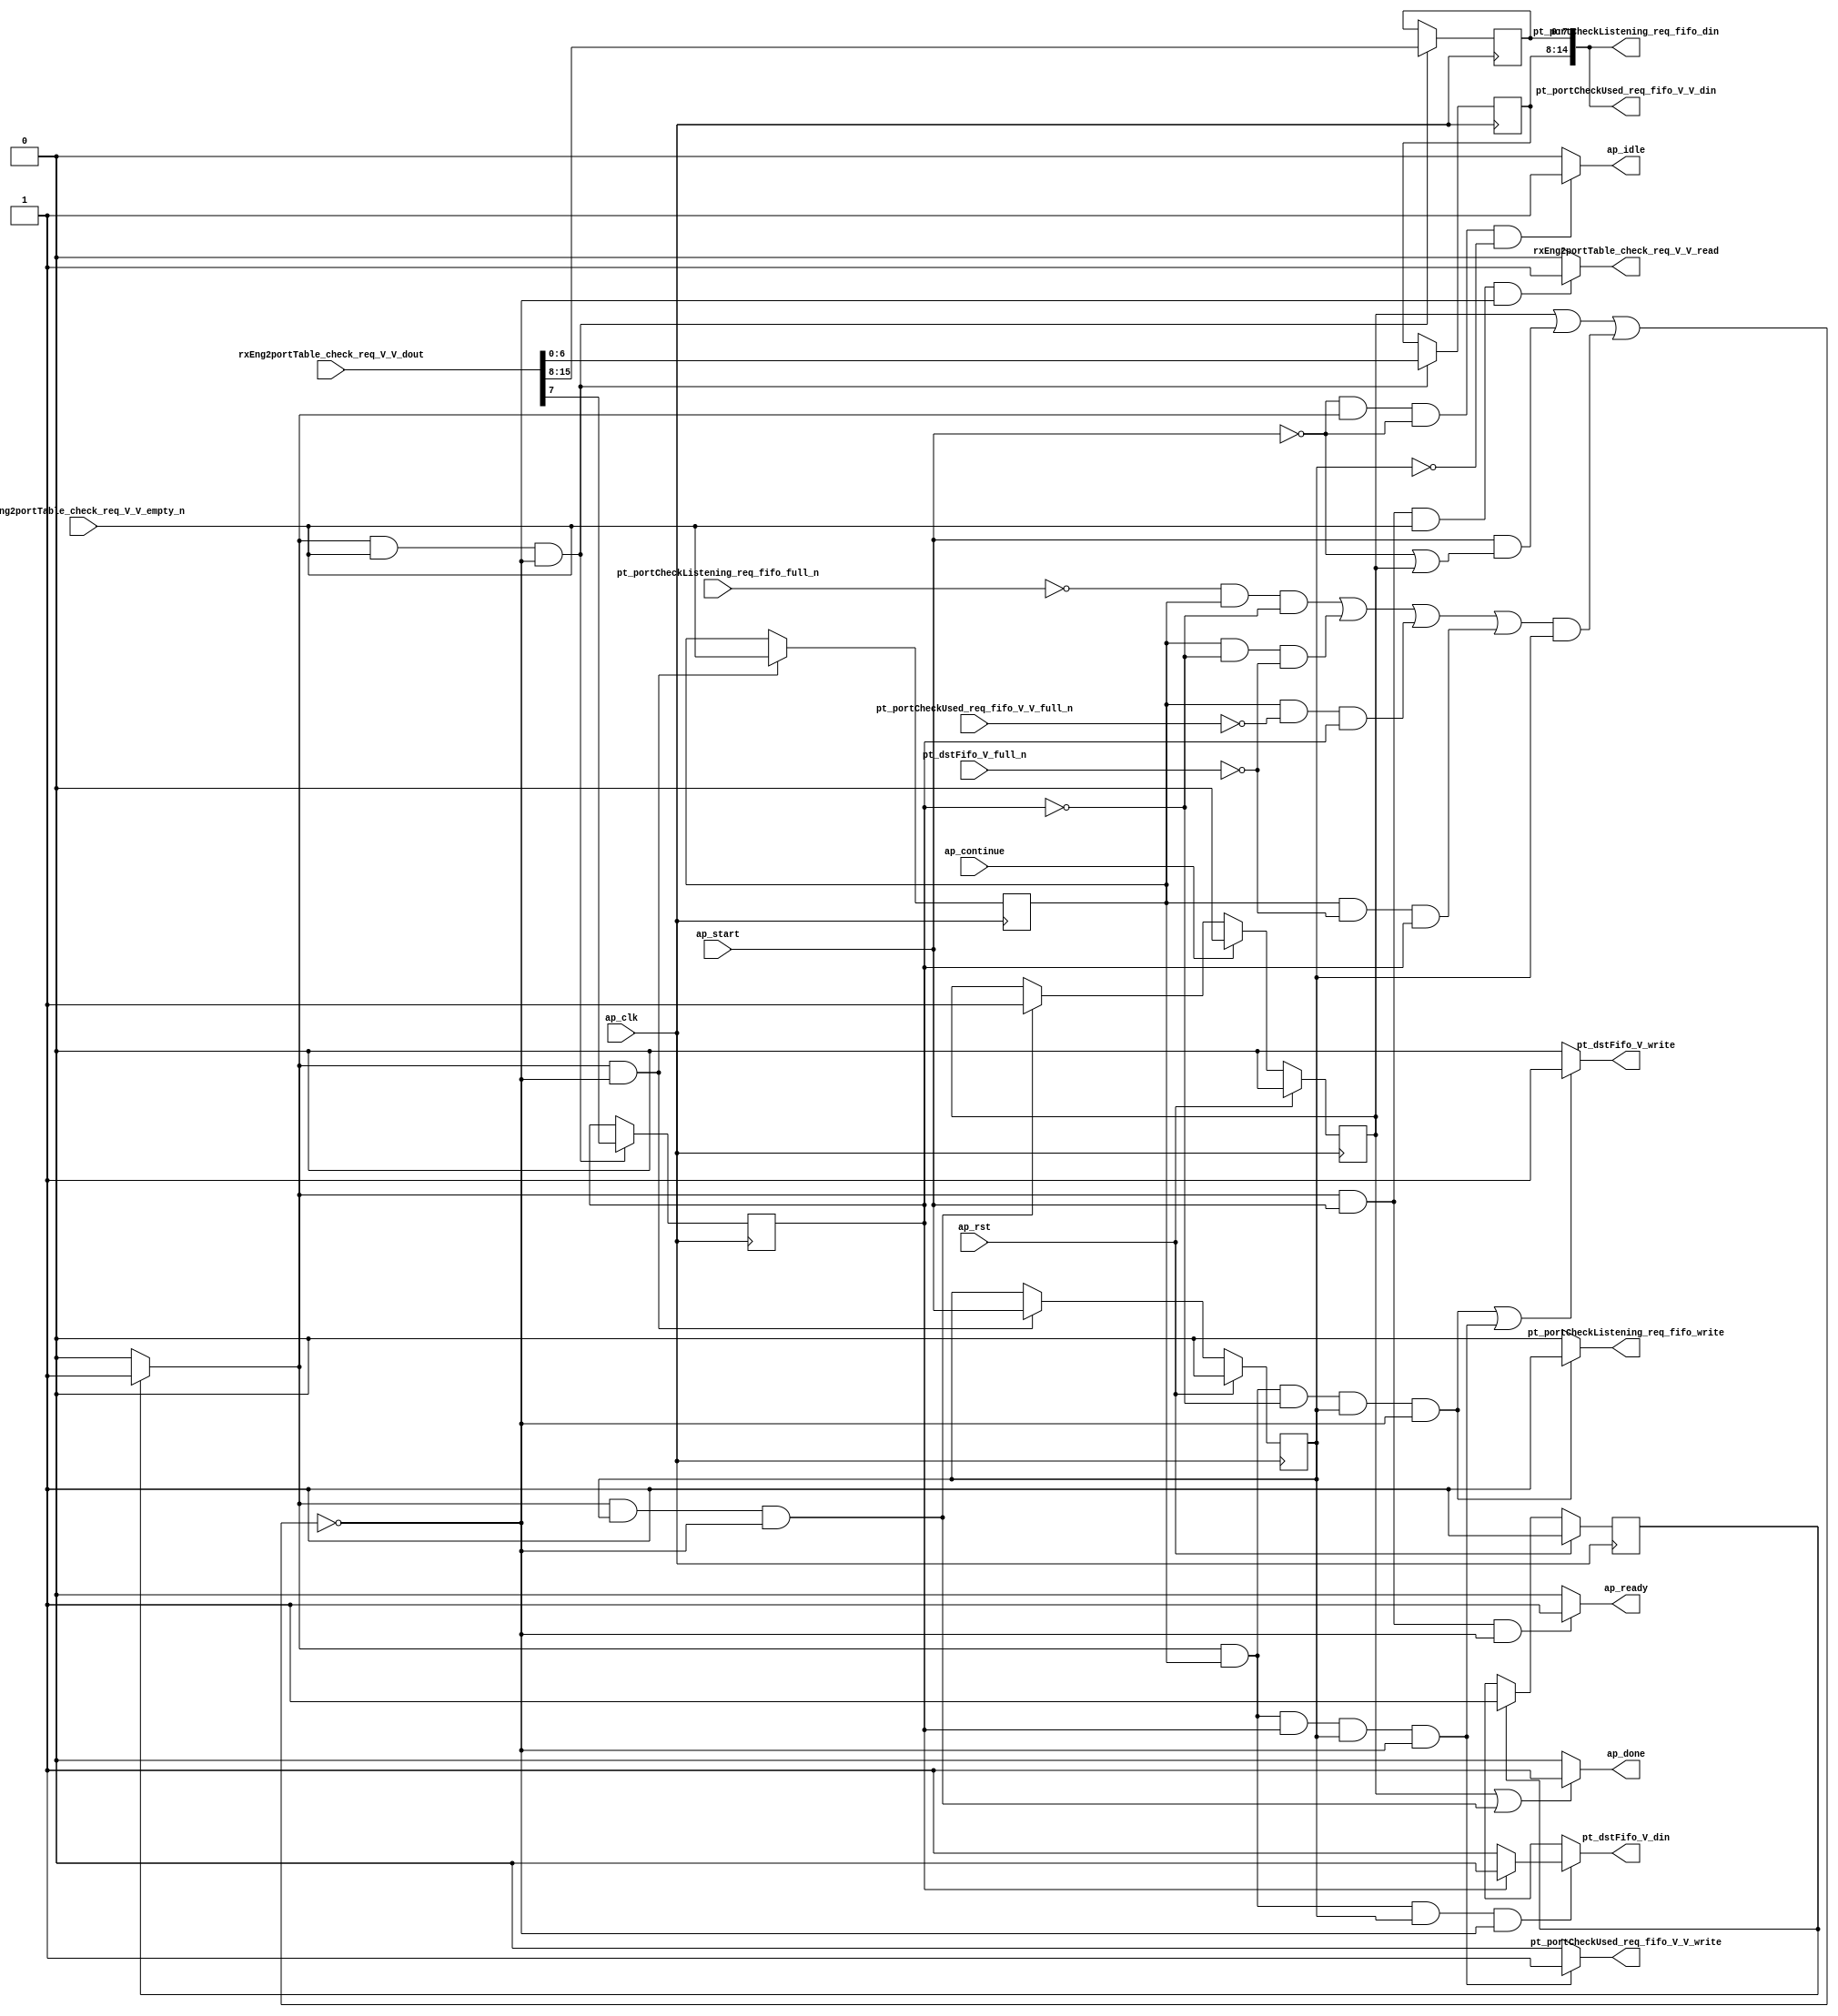
// ==============================================================
// RTL generated by Vivado(TM) HLS - High-Level Synthesis from C, C++ and SystemC
// Version: 2015.1
// Copyright (C) 2015 Xilinx Inc. All rights reserved.
// 
// ===========================================================

`timescale 1 ns / 1 ps 

module toe_checkMuxInput (
        ap_clk,
        ap_rst,
        ap_start,
        ap_done,
        ap_continue,
        ap_idle,
        ap_ready,
        rxEng2portTable_check_req_V_V_dout,
        rxEng2portTable_check_req_V_V_empty_n,
        rxEng2portTable_check_req_V_V_read,
        pt_portCheckListening_req_fifo_din,
        pt_portCheckListening_req_fifo_full_n,
        pt_portCheckListening_req_fifo_write,
        pt_dstFifo_V_din,
        pt_dstFifo_V_full_n,
        pt_dstFifo_V_write,
        pt_portCheckUsed_req_fifo_V_V_din,
        pt_portCheckUsed_req_fifo_V_V_full_n,
        pt_portCheckUsed_req_fifo_V_V_write
);

parameter    ap_const_logic_1 = 1'b1;
parameter    ap_const_logic_0 = 1'b0;
parameter    ap_ST_pp0_stg0_fsm_0 = 1'b1;
parameter    ap_const_lv32_0 = 32'b00000000000000000000000000000000;
parameter    ap_const_lv1_1 = 1'b1;
parameter    ap_const_lv1_0 = 1'b0;
parameter    ap_const_lv32_8 = 32'b1000;
parameter    ap_const_lv32_F = 32'b1111;
parameter    ap_const_lv32_7 = 32'b111;
parameter    ap_true = 1'b1;

input   ap_clk;
input   ap_rst;
input   ap_start;
output   ap_done;
input   ap_continue;
output   ap_idle;
output   ap_ready;
input  [15:0] rxEng2portTable_check_req_V_V_dout;
input   rxEng2portTable_check_req_V_V_empty_n;
output   rxEng2portTable_check_req_V_V_read;
output  [14:0] pt_portCheckListening_req_fifo_din;
input   pt_portCheckListening_req_fifo_full_n;
output   pt_portCheckListening_req_fifo_write;
output  [0:0] pt_dstFifo_V_din;
input   pt_dstFifo_V_full_n;
output   pt_dstFifo_V_write;
output  [14:0] pt_portCheckUsed_req_fifo_V_V_din;
input   pt_portCheckUsed_req_fifo_V_V_full_n;
output   pt_portCheckUsed_req_fifo_V_V_write;

reg ap_done;
reg ap_idle;
reg ap_ready;
reg rxEng2portTable_check_req_V_V_read;
reg pt_portCheckListening_req_fifo_write;
reg[0:0] pt_dstFifo_V_din;
reg pt_dstFifo_V_write;
reg pt_portCheckUsed_req_fifo_V_V_write;
reg    ap_done_reg = 1'b0;
(* fsm_encoding = "none" *) reg   [0:0] ap_CS_fsm = 1'b1;
reg    ap_sig_cseq_ST_pp0_stg0_fsm_0;
reg    ap_sig_bdd_20;
wire    ap_reg_ppiten_pp0_it0;
reg    ap_reg_ppiten_pp0_it1 = 1'b0;
wire   [0:0] tmp_nbreadreq_fu_58_p3;
reg    ap_sig_bdd_49;
reg   [0:0] tmp_reg_126;
reg   [0:0] tmp_497_reg_135;
reg    ap_sig_bdd_81;
reg   [7:0] p_Result_i_reg_130;
wire   [6:0] tmp_498_fu_114_p1;
reg   [6:0] tmp_498_reg_139;
wire   [14:0] tmp_V_fu_118_p3;
reg   [0:0] ap_NS_fsm;
reg    ap_sig_pprstidle_pp0;
reg    ap_sig_bdd_144;




/// the current state (ap_CS_fsm) of the state machine. ///
always @ (posedge ap_clk)
begin : ap_ret_ap_CS_fsm
    if (ap_rst == 1'b1) begin
        ap_CS_fsm <= ap_ST_pp0_stg0_fsm_0;
    end else begin
        ap_CS_fsm <= ap_NS_fsm;
    end
end

/// ap_done_reg assign process. ///
always @ (posedge ap_clk)
begin : ap_ret_ap_done_reg
    if (ap_rst == 1'b1) begin
        ap_done_reg <= ap_const_logic_0;
    end else begin
        if ((ap_const_logic_1 == ap_continue)) begin
            ap_done_reg <= ap_const_logic_0;
        end else if (((ap_const_logic_1 == ap_sig_cseq_ST_pp0_stg0_fsm_0) & (ap_const_logic_1 == ap_reg_ppiten_pp0_it1) & ~((ap_done_reg == ap_const_logic_1) | ((ap_const_logic_1 == ap_reg_ppiten_pp0_it0) & ap_sig_bdd_49) | (ap_sig_bdd_81 & (ap_const_logic_1 == ap_reg_ppiten_pp0_it1))))) begin
            ap_done_reg <= ap_const_logic_1;
        end
    end
end

/// ap_reg_ppiten_pp0_it1 assign process. ///
always @ (posedge ap_clk)
begin : ap_ret_ap_reg_ppiten_pp0_it1
    if (ap_rst == 1'b1) begin
        ap_reg_ppiten_pp0_it1 <= ap_const_logic_0;
    end else begin
        if (((ap_const_logic_1 == ap_sig_cseq_ST_pp0_stg0_fsm_0) & ~((ap_done_reg == ap_const_logic_1) | ((ap_const_logic_1 == ap_reg_ppiten_pp0_it0) & ap_sig_bdd_49) | (ap_sig_bdd_81 & (ap_const_logic_1 == ap_reg_ppiten_pp0_it1))))) begin
            ap_reg_ppiten_pp0_it1 <= ap_reg_ppiten_pp0_it0;
        end
    end
end

/// assign process. ///
always @(posedge ap_clk)
begin
    if (((ap_const_logic_1 == ap_sig_cseq_ST_pp0_stg0_fsm_0) & ~(tmp_nbreadreq_fu_58_p3 == ap_const_lv1_0) & ~((ap_done_reg == ap_const_logic_1) | ((ap_const_logic_1 == ap_reg_ppiten_pp0_it0) & ap_sig_bdd_49) | (ap_sig_bdd_81 & (ap_const_logic_1 == ap_reg_ppiten_pp0_it1))))) begin
        p_Result_i_reg_130 <= {{rxEng2portTable_check_req_V_V_dout[ap_const_lv32_F : ap_const_lv32_8]}};
        tmp_497_reg_135 <= rxEng2portTable_check_req_V_V_dout[ap_const_lv32_7];
        tmp_498_reg_139 <= tmp_498_fu_114_p1;
    end
end

/// assign process. ///
always @(posedge ap_clk)
begin
    if (((ap_const_logic_1 == ap_sig_cseq_ST_pp0_stg0_fsm_0) & ~((ap_done_reg == ap_const_logic_1) | ((ap_const_logic_1 == ap_reg_ppiten_pp0_it0) & ap_sig_bdd_49) | (ap_sig_bdd_81 & (ap_const_logic_1 == ap_reg_ppiten_pp0_it1))))) begin
        tmp_reg_126 <= tmp_nbreadreq_fu_58_p3;
    end
end

/// ap_done assign process. ///
always @ (ap_done_reg or ap_sig_cseq_ST_pp0_stg0_fsm_0 or ap_reg_ppiten_pp0_it0 or ap_reg_ppiten_pp0_it1 or ap_sig_bdd_49 or ap_sig_bdd_81)
begin
    if (((ap_const_logic_1 == ap_done_reg) | ((ap_const_logic_1 == ap_sig_cseq_ST_pp0_stg0_fsm_0) & (ap_const_logic_1 == ap_reg_ppiten_pp0_it1) & ~((ap_done_reg == ap_const_logic_1) | ((ap_const_logic_1 == ap_reg_ppiten_pp0_it0) & ap_sig_bdd_49) | (ap_sig_bdd_81 & (ap_const_logic_1 == ap_reg_ppiten_pp0_it1)))))) begin
        ap_done = ap_const_logic_1;
    end else begin
        ap_done = ap_const_logic_0;
    end
end

/// ap_idle assign process. ///
always @ (ap_start or ap_sig_cseq_ST_pp0_stg0_fsm_0 or ap_reg_ppiten_pp0_it0 or ap_reg_ppiten_pp0_it1)
begin
    if ((~(ap_const_logic_1 == ap_start) & (ap_const_logic_1 == ap_sig_cseq_ST_pp0_stg0_fsm_0) & (ap_const_logic_0 == ap_reg_ppiten_pp0_it0) & (ap_const_logic_0 == ap_reg_ppiten_pp0_it1))) begin
        ap_idle = ap_const_logic_1;
    end else begin
        ap_idle = ap_const_logic_0;
    end
end

/// ap_ready assign process. ///
always @ (ap_done_reg or ap_sig_cseq_ST_pp0_stg0_fsm_0 or ap_reg_ppiten_pp0_it0 or ap_reg_ppiten_pp0_it1 or ap_sig_bdd_49 or ap_sig_bdd_81)
begin
    if (((ap_const_logic_1 == ap_sig_cseq_ST_pp0_stg0_fsm_0) & (ap_const_logic_1 == ap_reg_ppiten_pp0_it0) & ~((ap_done_reg == ap_const_logic_1) | ((ap_const_logic_1 == ap_reg_ppiten_pp0_it0) & ap_sig_bdd_49) | (ap_sig_bdd_81 & (ap_const_logic_1 == ap_reg_ppiten_pp0_it1))))) begin
        ap_ready = ap_const_logic_1;
    end else begin
        ap_ready = ap_const_logic_0;
    end
end

/// ap_sig_cseq_ST_pp0_stg0_fsm_0 assign process. ///
always @ (ap_sig_bdd_20)
begin
    if (ap_sig_bdd_20) begin
        ap_sig_cseq_ST_pp0_stg0_fsm_0 = ap_const_logic_1;
    end else begin
        ap_sig_cseq_ST_pp0_stg0_fsm_0 = ap_const_logic_0;
    end
end

/// ap_sig_pprstidle_pp0 assign process. ///
always @ (ap_start or ap_reg_ppiten_pp0_it0)
begin
    if (((ap_const_logic_0 == ap_reg_ppiten_pp0_it0) & (ap_const_logic_0 == ap_start))) begin
        ap_sig_pprstidle_pp0 = ap_const_logic_1;
    end else begin
        ap_sig_pprstidle_pp0 = ap_const_logic_0;
    end
end

/// pt_dstFifo_V_din assign process. ///
always @ (tmp_497_reg_135 or ap_sig_bdd_144)
begin
    if (ap_sig_bdd_144) begin
        if (~(ap_const_lv1_0 == tmp_497_reg_135)) begin
            pt_dstFifo_V_din = ap_const_lv1_0;
        end else if ((ap_const_lv1_0 == tmp_497_reg_135)) begin
            pt_dstFifo_V_din = ap_const_lv1_1;
        end else begin
            pt_dstFifo_V_din = 'bx;
        end
    end else begin
        pt_dstFifo_V_din = 'bx;
    end
end

/// pt_dstFifo_V_write assign process. ///
always @ (ap_done_reg or ap_sig_cseq_ST_pp0_stg0_fsm_0 or ap_reg_ppiten_pp0_it0 or ap_reg_ppiten_pp0_it1 or ap_sig_bdd_49 or tmp_reg_126 or tmp_497_reg_135 or ap_sig_bdd_81)
begin
    if ((((ap_const_logic_1 == ap_sig_cseq_ST_pp0_stg0_fsm_0) & ~(ap_const_lv1_0 == tmp_reg_126) & (ap_const_lv1_0 == tmp_497_reg_135) & (ap_const_logic_1 == ap_reg_ppiten_pp0_it1) & ~((ap_done_reg == ap_const_logic_1) | ((ap_const_logic_1 == ap_reg_ppiten_pp0_it0) & ap_sig_bdd_49) | (ap_sig_bdd_81 & (ap_const_logic_1 == ap_reg_ppiten_pp0_it1)))) | ((ap_const_logic_1 == ap_sig_cseq_ST_pp0_stg0_fsm_0) & ~(ap_const_lv1_0 == tmp_reg_126) & ~(ap_const_lv1_0 == tmp_497_reg_135) & (ap_const_logic_1 == ap_reg_ppiten_pp0_it1) & ~((ap_done_reg == ap_const_logic_1) | ((ap_const_logic_1 == ap_reg_ppiten_pp0_it0) & ap_sig_bdd_49) | (ap_sig_bdd_81 & (ap_const_logic_1 == ap_reg_ppiten_pp0_it1)))))) begin
        pt_dstFifo_V_write = ap_const_logic_1;
    end else begin
        pt_dstFifo_V_write = ap_const_logic_0;
    end
end

/// pt_portCheckListening_req_fifo_write assign process. ///
always @ (ap_done_reg or ap_sig_cseq_ST_pp0_stg0_fsm_0 or ap_reg_ppiten_pp0_it0 or ap_reg_ppiten_pp0_it1 or ap_sig_bdd_49 or tmp_reg_126 or tmp_497_reg_135 or ap_sig_bdd_81)
begin
    if (((ap_const_logic_1 == ap_sig_cseq_ST_pp0_stg0_fsm_0) & ~(ap_const_lv1_0 == tmp_reg_126) & (ap_const_lv1_0 == tmp_497_reg_135) & (ap_const_logic_1 == ap_reg_ppiten_pp0_it1) & ~((ap_done_reg == ap_const_logic_1) | ((ap_const_logic_1 == ap_reg_ppiten_pp0_it0) & ap_sig_bdd_49) | (ap_sig_bdd_81 & (ap_const_logic_1 == ap_reg_ppiten_pp0_it1))))) begin
        pt_portCheckListening_req_fifo_write = ap_const_logic_1;
    end else begin
        pt_portCheckListening_req_fifo_write = ap_const_logic_0;
    end
end

/// pt_portCheckUsed_req_fifo_V_V_write assign process. ///
always @ (ap_done_reg or ap_sig_cseq_ST_pp0_stg0_fsm_0 or ap_reg_ppiten_pp0_it0 or ap_reg_ppiten_pp0_it1 or ap_sig_bdd_49 or tmp_reg_126 or tmp_497_reg_135 or ap_sig_bdd_81)
begin
    if (((ap_const_logic_1 == ap_sig_cseq_ST_pp0_stg0_fsm_0) & ~(ap_const_lv1_0 == tmp_reg_126) & ~(ap_const_lv1_0 == tmp_497_reg_135) & (ap_const_logic_1 == ap_reg_ppiten_pp0_it1) & ~((ap_done_reg == ap_const_logic_1) | ((ap_const_logic_1 == ap_reg_ppiten_pp0_it0) & ap_sig_bdd_49) | (ap_sig_bdd_81 & (ap_const_logic_1 == ap_reg_ppiten_pp0_it1))))) begin
        pt_portCheckUsed_req_fifo_V_V_write = ap_const_logic_1;
    end else begin
        pt_portCheckUsed_req_fifo_V_V_write = ap_const_logic_0;
    end
end

/// rxEng2portTable_check_req_V_V_read assign process. ///
always @ (ap_done_reg or ap_sig_cseq_ST_pp0_stg0_fsm_0 or ap_reg_ppiten_pp0_it0 or ap_reg_ppiten_pp0_it1 or tmp_nbreadreq_fu_58_p3 or ap_sig_bdd_49 or ap_sig_bdd_81)
begin
    if (((ap_const_logic_1 == ap_sig_cseq_ST_pp0_stg0_fsm_0) & (ap_const_logic_1 == ap_reg_ppiten_pp0_it0) & ~(tmp_nbreadreq_fu_58_p3 == ap_const_lv1_0) & ~((ap_done_reg == ap_const_logic_1) | ((ap_const_logic_1 == ap_reg_ppiten_pp0_it0) & ap_sig_bdd_49) | (ap_sig_bdd_81 & (ap_const_logic_1 == ap_reg_ppiten_pp0_it1))))) begin
        rxEng2portTable_check_req_V_V_read = ap_const_logic_1;
    end else begin
        rxEng2portTable_check_req_V_V_read = ap_const_logic_0;
    end
end
/// the next state (ap_NS_fsm) of the state machine. ///
always @ (ap_done_reg or ap_CS_fsm or ap_reg_ppiten_pp0_it0 or ap_reg_ppiten_pp0_it1 or ap_sig_bdd_49 or ap_sig_bdd_81 or ap_sig_pprstidle_pp0)
begin
    case (ap_CS_fsm)
        ap_ST_pp0_stg0_fsm_0 : 
        begin
            ap_NS_fsm = ap_ST_pp0_stg0_fsm_0;
        end
        default : 
        begin
            ap_NS_fsm = 'bx;
        end
    endcase
end

assign ap_reg_ppiten_pp0_it0 = ap_start;

/// ap_sig_bdd_144 assign process. ///
always @ (ap_done_reg or ap_sig_cseq_ST_pp0_stg0_fsm_0 or ap_reg_ppiten_pp0_it0 or ap_reg_ppiten_pp0_it1 or ap_sig_bdd_49 or tmp_reg_126 or ap_sig_bdd_81)
begin
    ap_sig_bdd_144 = ((ap_const_logic_1 == ap_sig_cseq_ST_pp0_stg0_fsm_0) & ~(ap_const_lv1_0 == tmp_reg_126) & (ap_const_logic_1 == ap_reg_ppiten_pp0_it1) & ~((ap_done_reg == ap_const_logic_1) | ((ap_const_logic_1 == ap_reg_ppiten_pp0_it0) & ap_sig_bdd_49) | (ap_sig_bdd_81 & (ap_const_logic_1 == ap_reg_ppiten_pp0_it1))));
end

/// ap_sig_bdd_20 assign process. ///
always @ (ap_CS_fsm)
begin
    ap_sig_bdd_20 = (ap_CS_fsm[ap_const_lv32_0] == ap_const_lv1_1);
end

/// ap_sig_bdd_49 assign process. ///
always @ (ap_start or ap_done_reg or rxEng2portTable_check_req_V_V_empty_n or tmp_nbreadreq_fu_58_p3)
begin
    ap_sig_bdd_49 = (((rxEng2portTable_check_req_V_V_empty_n == ap_const_logic_0) & ~(tmp_nbreadreq_fu_58_p3 == ap_const_lv1_0)) | (ap_start == ap_const_logic_0) | (ap_done_reg == ap_const_logic_1));
end

/// ap_sig_bdd_81 assign process. ///
always @ (pt_portCheckListening_req_fifo_full_n or tmp_reg_126 or tmp_497_reg_135 or pt_dstFifo_V_full_n or pt_portCheckUsed_req_fifo_V_V_full_n)
begin
    ap_sig_bdd_81 = (((pt_portCheckListening_req_fifo_full_n == ap_const_logic_0) & ~(ap_const_lv1_0 == tmp_reg_126) & (ap_const_lv1_0 == tmp_497_reg_135)) | (~(ap_const_lv1_0 == tmp_reg_126) & (ap_const_lv1_0 == tmp_497_reg_135) & (pt_dstFifo_V_full_n == ap_const_logic_0)) | (~(ap_const_lv1_0 == tmp_reg_126) & (pt_portCheckUsed_req_fifo_V_V_full_n == ap_const_logic_0) & ~(ap_const_lv1_0 == tmp_497_reg_135)) | (~(ap_const_lv1_0 == tmp_reg_126) & (pt_dstFifo_V_full_n == ap_const_logic_0) & ~(ap_const_lv1_0 == tmp_497_reg_135)));
end
assign pt_portCheckListening_req_fifo_din = tmp_V_fu_118_p3;
assign pt_portCheckUsed_req_fifo_V_V_din = tmp_V_fu_118_p3;
assign tmp_498_fu_114_p1 = rxEng2portTable_check_req_V_V_dout[6:0];
assign tmp_V_fu_118_p3 = {{tmp_498_reg_139}, {p_Result_i_reg_130}};
assign tmp_nbreadreq_fu_58_p3 = rxEng2portTable_check_req_V_V_empty_n;


endmodule //toe_checkMuxInput